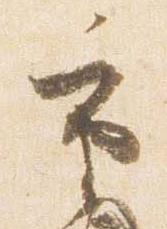
重